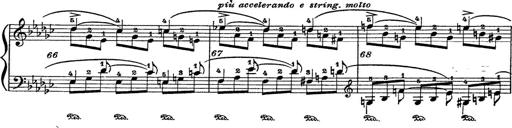
Title: 6 Polish Songs
Composer: Franz Liszt